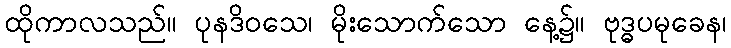
ထိုကာလသည်။ ပုနဒိဝသေ၊ မိုးသောက်သော နေ့၌။ ဗုဒ္ဓပမုခေန၊